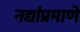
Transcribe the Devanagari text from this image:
नद्यांप्रमाणे